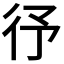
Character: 𭛞